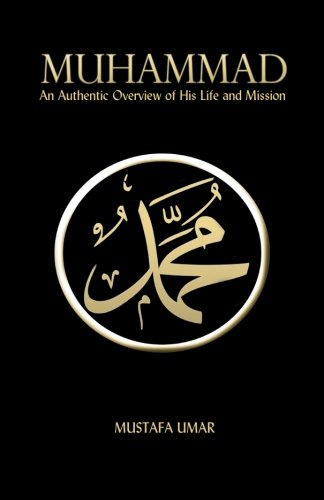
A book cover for Muhammad: An Authentic Overview of His Life and Mission; Mustafa Umar; Religion & Spirituality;